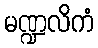
မဏ္ဍလိကံ